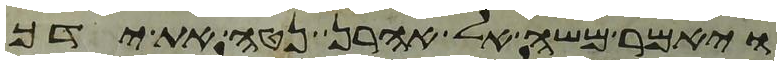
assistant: ויאמר משה אל אהרן נטה את ידך